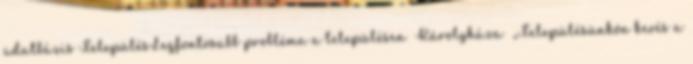
adatbázis TelepülésLegfontosabb probléma a településen ▪Károlyháza ▪„Településünkön kevés a